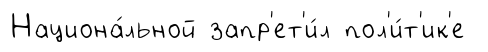
Национа́льной запр'ет'и́л пол'и́т'ик'е